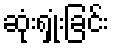
ဆုံးရှုံးခြင်း